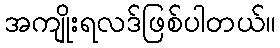
အကျိုးရလဒ်ဖြစ်ပါတယ်။